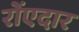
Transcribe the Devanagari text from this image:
रोंएदार